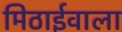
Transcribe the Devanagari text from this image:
मिठार्इवाला